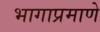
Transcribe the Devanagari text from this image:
भागाप्रमाणे